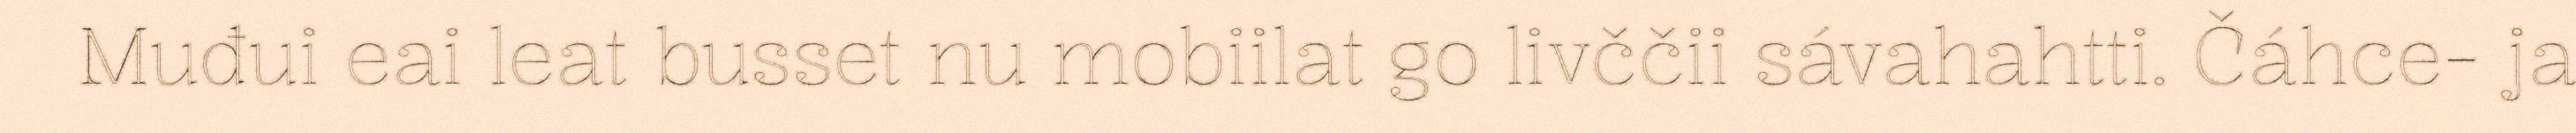
Muđui eai leat busset nu mobiilat go livččii sávahahtti. Čáhce- ja